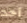
أحد